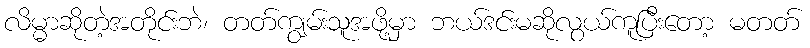
လိမ္မာဆိုတဲ့အတိုင်းဘဲ၊ တတ်ကျွမ်းသူအဖို့မှာ ဘယ်ဒင်းမဆိုလွယ်ကူပြီးတော့ မတတ်